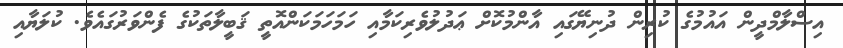
އިސްލާމްދީން އައުމުގެ ކުރިން ދުނިޔޭގައި އާންމުކޮށް ޢަދުލުވެރިކަމާއި ހަމަހަމަކަންއޮތީ ޤަބީލާތަކުގެ ފެންވަރުގައެވެ. ކުލަޔާއި